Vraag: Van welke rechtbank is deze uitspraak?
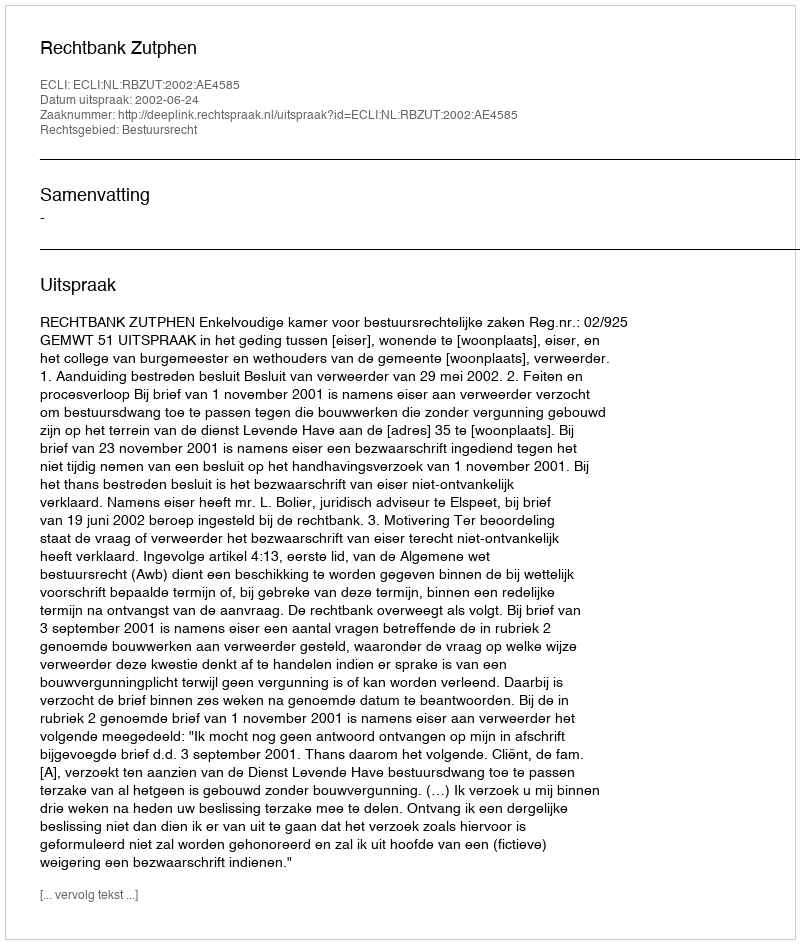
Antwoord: Rechtbank Zutphen